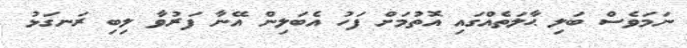
ނަމަވެސް ބަލި ޙާލަތެއްގައި އޮތުމަށް ފަހު އެބަލިން އޭނާ ފަރުވާ ލިބި ރަނގަޅު